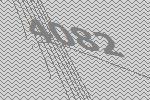
4082